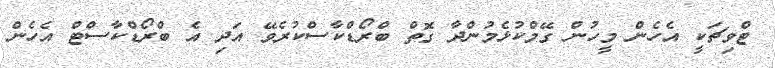
ޓްވިޗަކީ އެހެން މީހުން ގޭމްކުޅެމުންދާ ގޮތް ބްރޯޑްކާސްކުރެވޭ އަދި އެ ބްރޯޑްކާސްޓް އެހެން